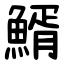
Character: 䱬